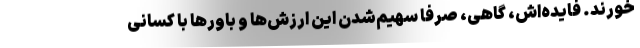
‌خورند. فایده‌اش، گاهی، صرفاً سهیم‌شدن این ارزش‌ها و باورها با کسانی